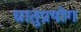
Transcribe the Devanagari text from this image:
धातुप्रयोग